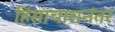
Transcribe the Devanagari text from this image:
हिंसाचारानंतर